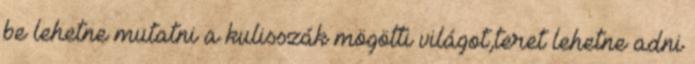
be lehetne mutatni a kulisszák mögötti világot,teret lehetne adni